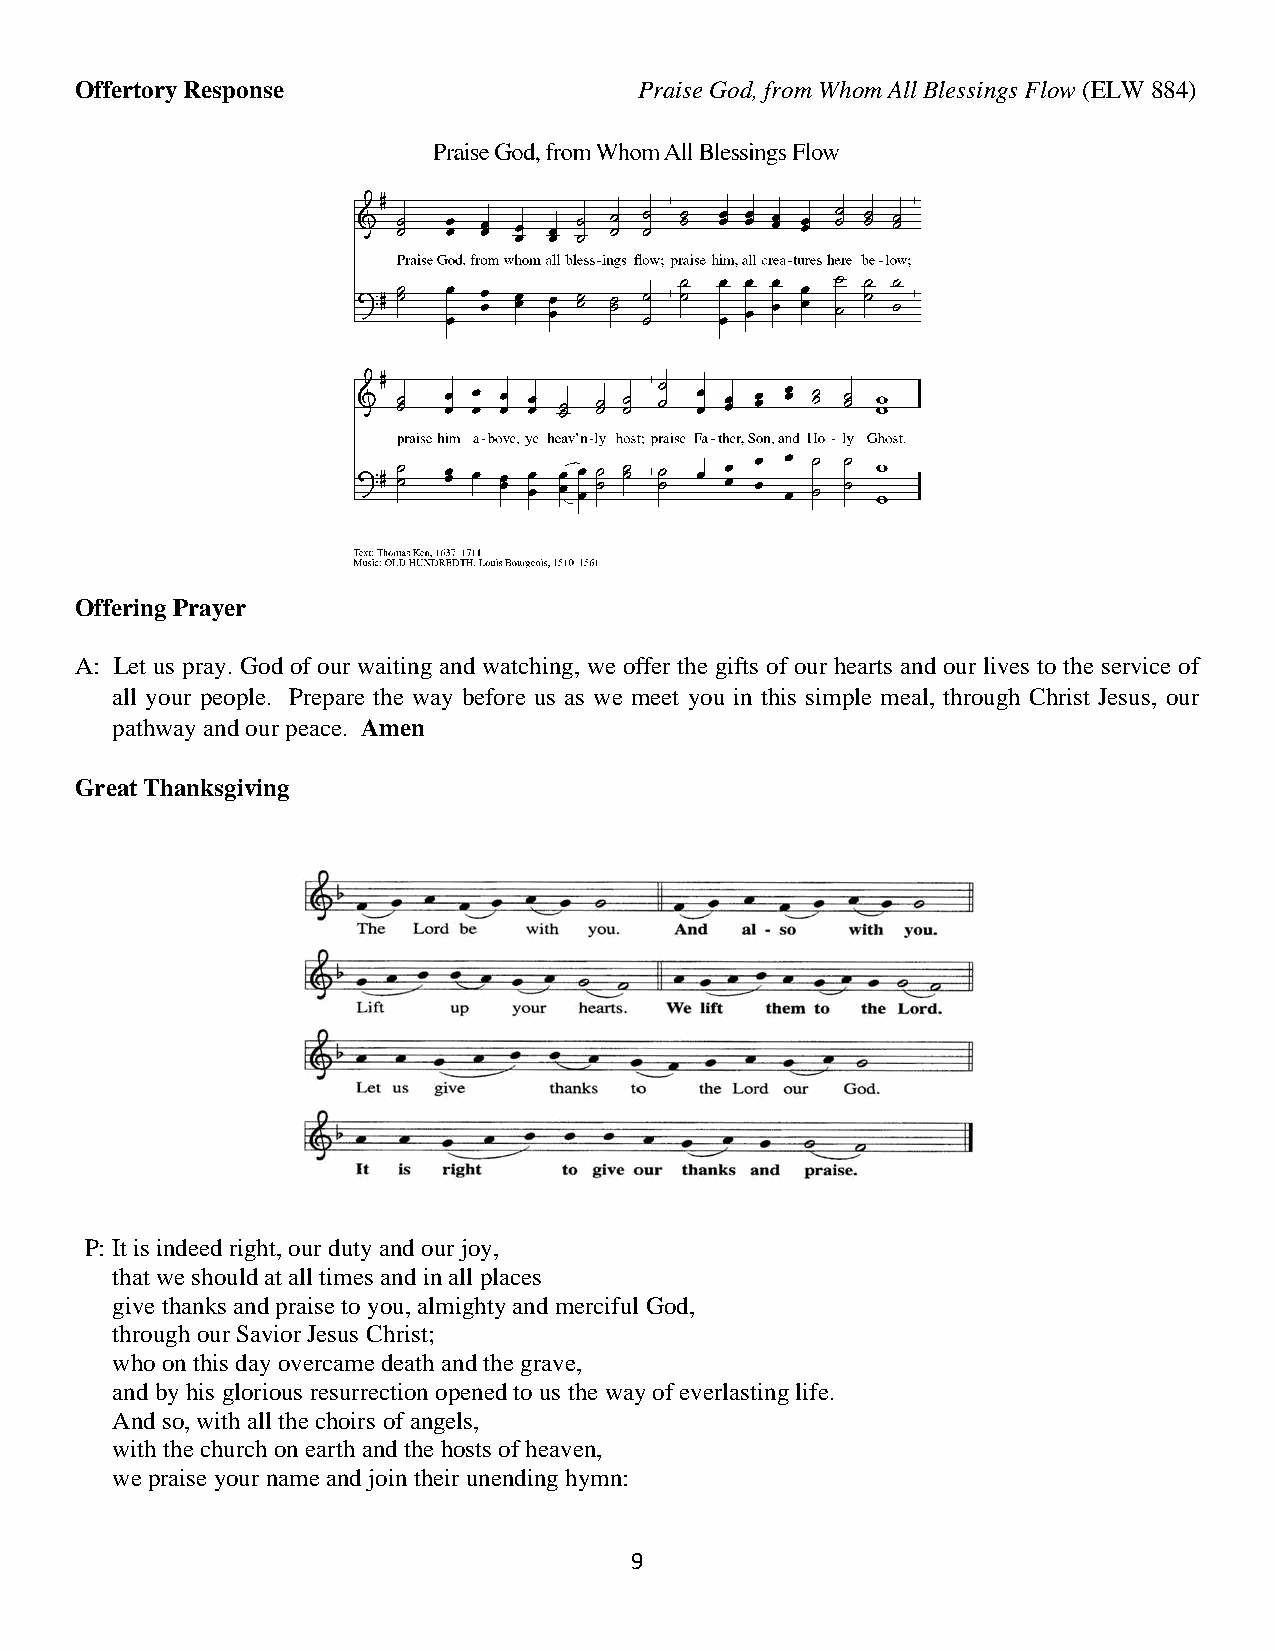
Offertory Response                   Praise God, from Whom All Blessings Flow (ELW 884)
 Offering Prayer
 A: Let us pray. God of our waiting and watching, we offer the gifts of our hearts and our lives to the service of
 all your people. Prepare the way before us as we meet you in this simple meal, through Christ Jesus, our
 pathway and our peace. Amen
 Great Thanksgiving
 P: It is indeed right, our duty and our joy,
 that we should at all times and in all places
 give thanks and praise to you, almighty and merciful God,
 through our Savior Jesus Christ;
 who on this day overcame death and the grave,
 and by his glorious resurrection opened to us the way of everlasting life.
 And so, with all the choirs of angels,
 with the church on earth and the hosts of heaven,
 we praise your name and join their unending hymn:
 9